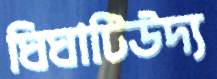
ঘিঘাটিউদ্য